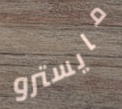
مايسترو